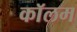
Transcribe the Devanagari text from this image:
काॅलम